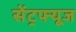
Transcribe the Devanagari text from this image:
सेंट्रफ्यूज